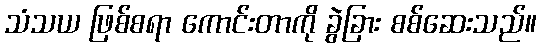
သံသယ ဖြစ်စရာ ကောင်းတာကို ခွဲခြား စစ်ဆေးသည်။